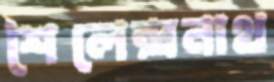
শৈলেন্দ্রনাথ